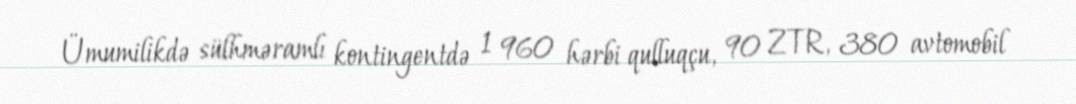
Ümumilikdə sülhməramlı kontingentdə 1 960 hərbi qulluqçu, 90 ZTR, 380 avtomobil